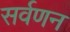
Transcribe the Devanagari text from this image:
सर्वणन